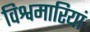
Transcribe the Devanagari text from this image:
विश्वमारियां